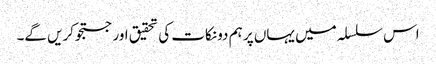
اس سلسلہ میں یہاں پر ہم دو نکات کی تحقیق اور جستجوکریں گے۔